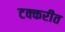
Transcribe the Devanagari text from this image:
टक्करीत